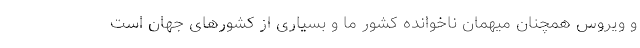
و ویروس همچنان میهمان ناخوانده کشور ما و بسیاری از کشورهای جهان است